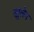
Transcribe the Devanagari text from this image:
खुलेन